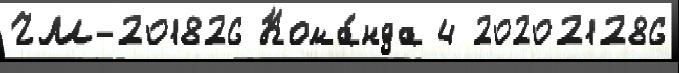
ЧМ-201826 Кома́нда 4 202021286